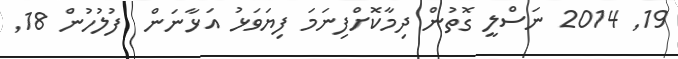
19